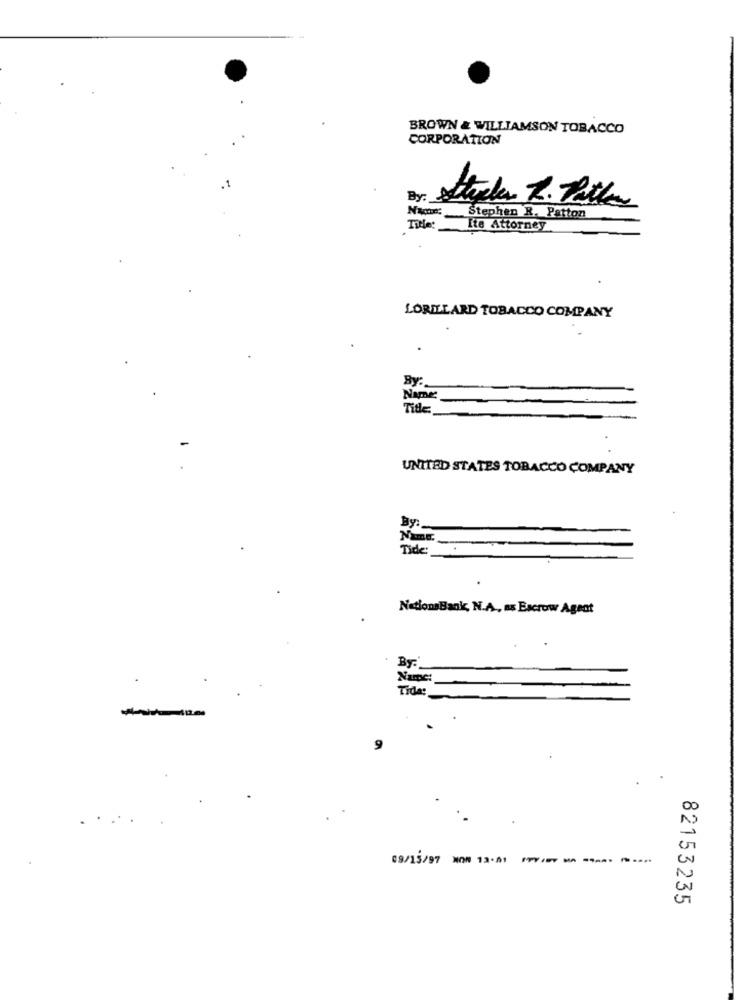
BROWN & WILLIAMSON TOBACCO
CORPORATION
Stephen R. Patton
Title :_
Ite Attorney
LORILLARD TOBACCO COMPANY
By:
Name
Title
UNITED STATES TOBACCO COMPANY
By:
Name:
Tide:
NationsBank, N.A ., as Escrow Agent
Name:
Tida:
09/15/97 NON 13-01 --- - --- ---
82153235